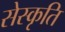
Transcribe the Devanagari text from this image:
सेस्कृति